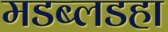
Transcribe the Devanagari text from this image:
मडब्लडहा